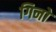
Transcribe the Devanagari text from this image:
गिनो